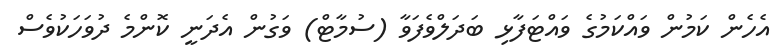
އެހެން ކަމުން ވައްކަމުގެ ވައްޓަފާޅި ބަދަލްވެފަވާ (ސުމާޓް) ވަގުން އެދަނީ ކޮންމެ ދުވަހަކުވެސް